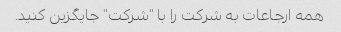
همه ارجاعات به شرکت را با "شرکت" جایگزین کنید.